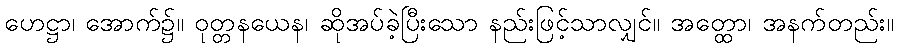
ဟေဋ္ဌာ၊ အောက်၌။ ဝုတ္တနယေန၊ ဆိုအပ်ခဲ့ပြီးသော နည်းဖြင့်သာလျှင်။ အတ္ထော၊ အနက်တည်း။